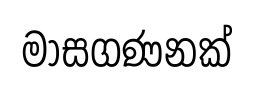
මාසගණනක්